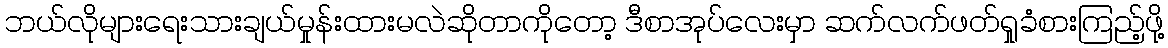
ဘယ်လိုများရေးသားချယ်မှုန်းထားမလဲဆိုတာကိုတော့ ဒီစာအုပ်လေးမှာ ဆက်လက်ဖတ်ရှုခံစားကြည့်ဖို့